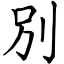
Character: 別